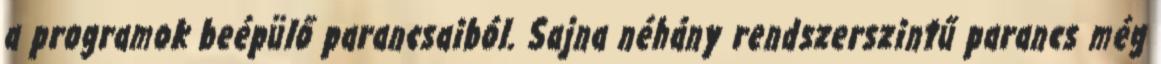
a programok beépülő parancsaiból. Sajna néhány rendszerszintű parancs még